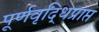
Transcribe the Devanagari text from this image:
पूर्णवृद्धिप्राप्त